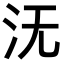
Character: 𣲘